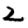
Digit: 2